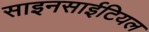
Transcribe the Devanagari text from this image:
साइनसाईटियल